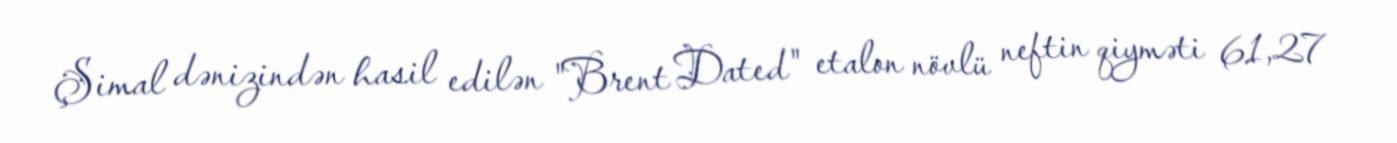
Şimal dənizindən hasil edilən "Brent Dated" etalon növlü neftin qiyməti 61,27